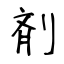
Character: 剤